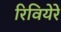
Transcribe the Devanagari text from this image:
रिवियेरे